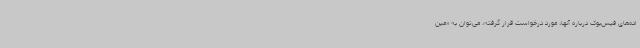
اده‌های فیس‌بوک درباره آنها، مورد درخواست قرار گرفته، می‌توان به «مین